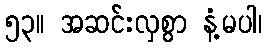
၅၃။ အဆင်းလှစွာ နံ့မပါ၊